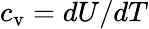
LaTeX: c_{\mathrm{v}}=dU/dT